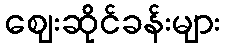
ဈေးဆိုင်ခန်းများ